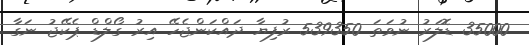
35000 ޑޮލަރު ނުވަތަ 539350 ރުފިޔާ ދައްކަންޖެހޭ އިރު ގޯލްޑް ޕެކޭޖު ނަގާ